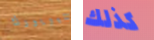
بنيويورك كذلك